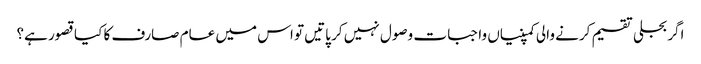
اگر بجلی تقسیم کرنے والی کمپنیاں واجبات وصول نہیں کر پاتیں تو اس میں عام صارف کا کیا قصور ہے؟